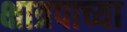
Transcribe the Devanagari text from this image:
क्षात्रपाच्या